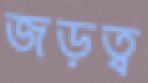
জড়ত্ব